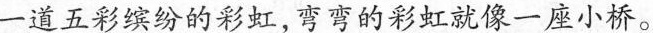
一道五彩缤纷的彩虹，弯弯的彩虹就像一座小桥。